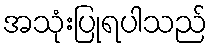
အသုံးပြုရပါသည်